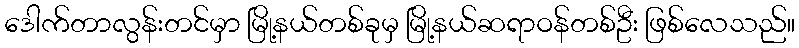
ဒေါက်တာလွန်းတင်မှာ မြို့နယ်တစ်ခုမှ မြို့နယ်ဆရာဝန်တစ်ဦး ဖြစ်လေသည်။